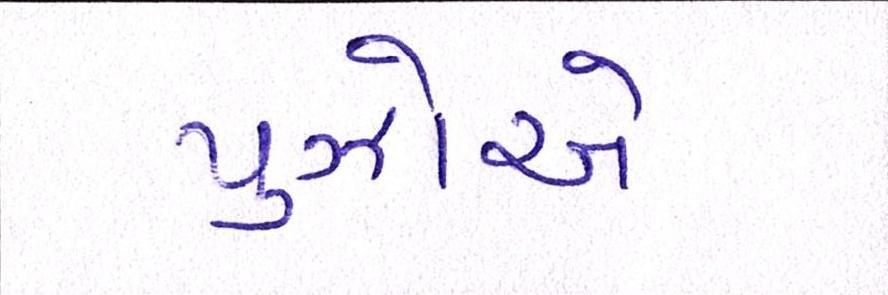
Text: પુઝોએ